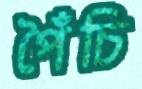
পৈঁচি